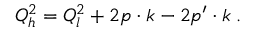
Q _ { h } ^ { 2 } = Q _ { l } ^ { 2 } + 2 p \cdot k - 2 p ^ { \prime } \cdot k \; .